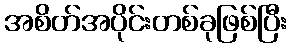
အစိတ်အပိုင်းတစ်ခုဖြစ်ပြီး